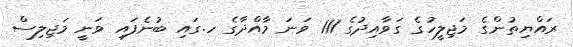
ރައްޔިތުންގެ މަޖިލީހުގެ ގަވާއިދުގެ 111 ވަނަ މާއްދާގެ ހ.ގައި ބުނެފައި ވަނީ މަޖިލިސް